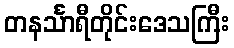
တနင်္သာရီတိုင်းဒေသကြီး